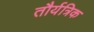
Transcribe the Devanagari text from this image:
तौर्यत्रिक